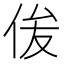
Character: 㑓